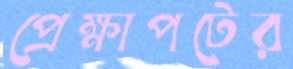
প্রেক্ষাপটের